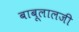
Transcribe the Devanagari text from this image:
बाबूलालजी